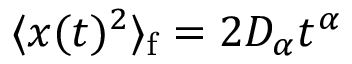
\langle x ( t ) ^ { 2 } \rangle _ { \mathrm { f } } = 2 D _ { \alpha } t ^ { \alpha }